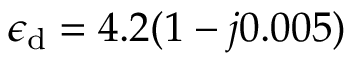
\epsilon _ { \mathrm { d } } = 4 . 2 ( 1 - j 0 . 0 0 5 )